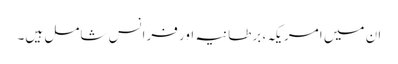
ان میں امریکہ، برطانیہ اور فرانس شامل ہیں۔